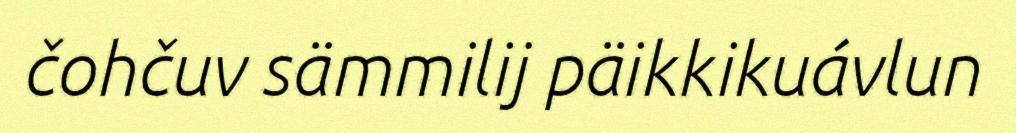
čohčuv sämmilij päikkikuávlun